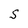
Character: S